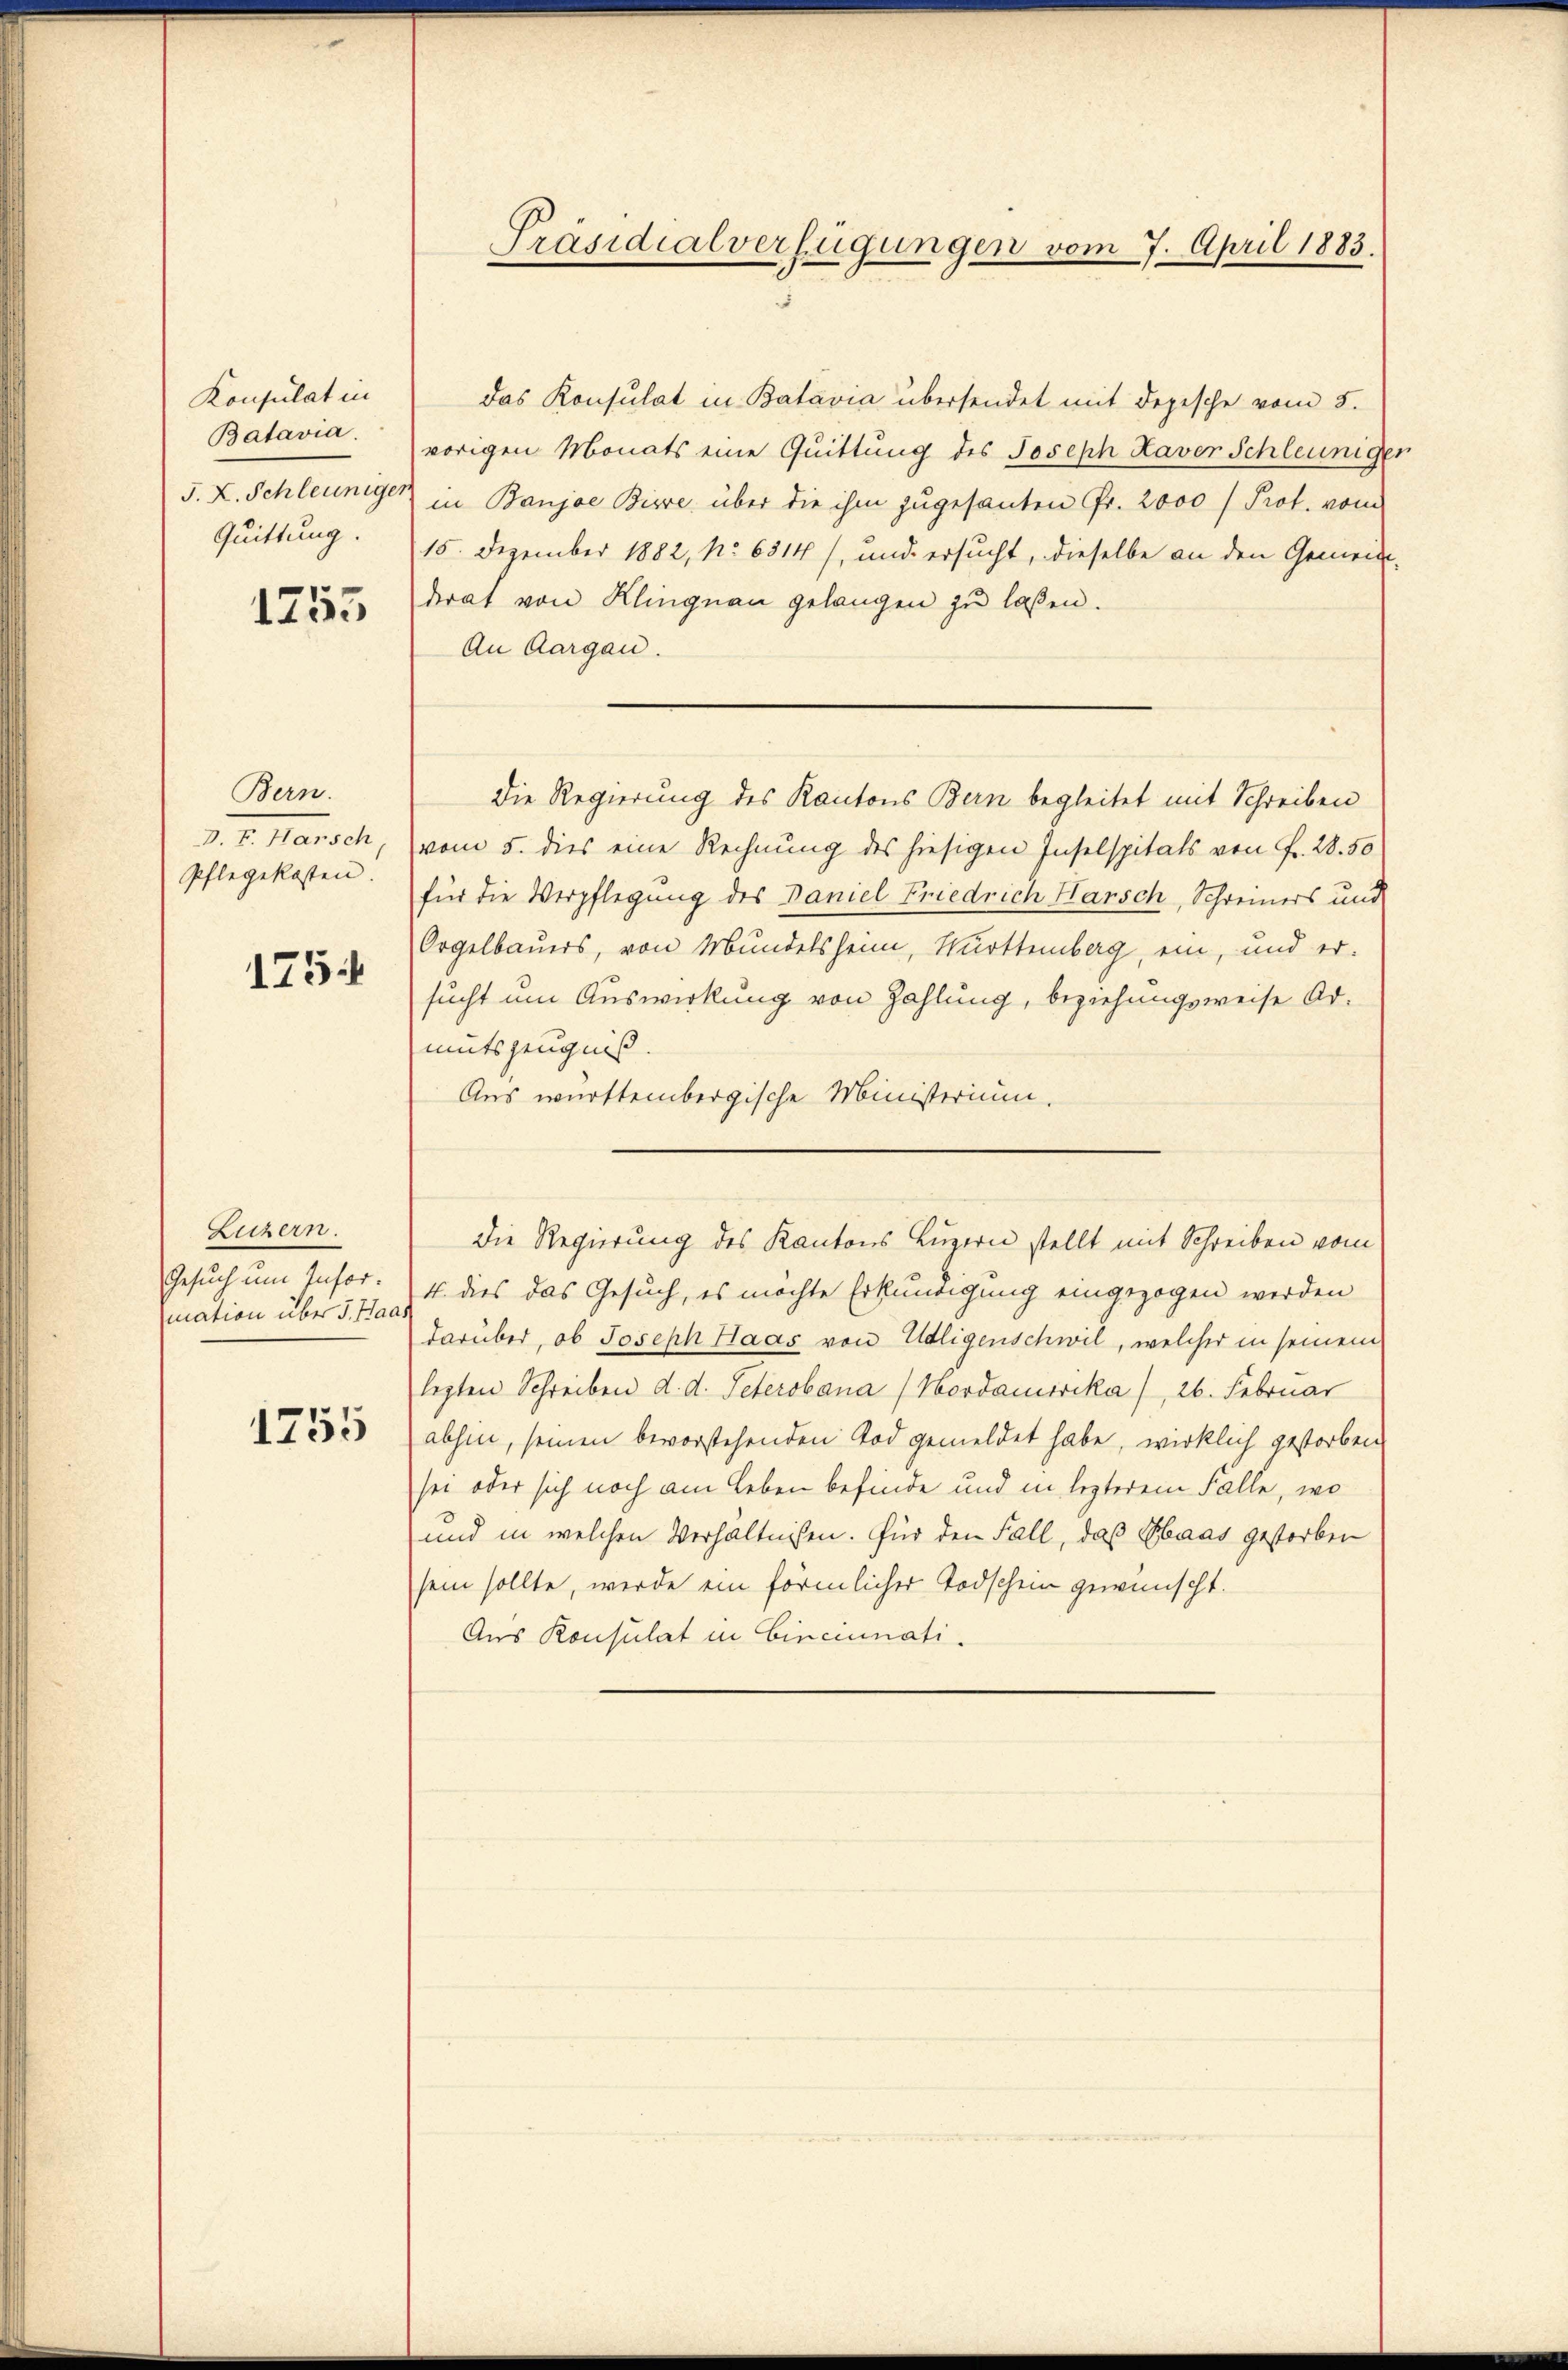
Konsulat in
Batavia.
J. X. Schleuniger
Quittung.

1255

Bern.
D. F. Harsch
Pflegekosten.

1754

Liczern.
Gesuch um Information über 5. Paad

1255

Präsidialverfügungen vom 7. April 1883.

das Konsulat in Batavia übersendet mit depesche vom 5.
vorigen Monats eine Quittung des Joseph Haver Schleunigt
in Banjae Bise über die ihm zugesanten Fr. 2000 (Prot. vom
15. Dezember 1882, No 6314/, und ersucht, dieselbe an den Gemein-
drat von Klingnau gelangen zu laßen.
An Aargau.
vom 5. dies eine Rechnung des hiesigen Inselspitals von Fr. 28. 50
für die Verpflegung des Daniel Friedrich Hansch, Schreiners und
Orgelbauers, von Mundelsheim, Württemberg, ein, und er
sucht um Auswirkung von Zahlung, beziehungsweise Armutszeugniß
Aus württembergische Ministerium.
Die Regierung des Kantons Luzern stellt mit Schreiben vom
4. dies das Gesuch, es möchte Erkundigung eingezogen werden
darüber, ob Joseph Haas von Udligenschwil, welcher in seinem
lezten Schreiben d. d. Peterobana (Nordamerika), 26. Februar
abhin, seinen bevorstehenden Tod gemeldet habe, wirklich gestorben
sei oder sich noch am Leben befinde und in lezterem Falle, wo
und in welchen Verhältnissen. Für den Fall, daß Ebaas gestorben
sein sollte, werde ein förmlicher Todschein gewünscht.
Aus Konsulat in Cincinati

Die Regierung des Kantons Bern begleitet mit Schreiben